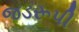
જડરૂપી